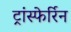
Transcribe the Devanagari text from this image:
ट्रांस्फेर्रिन